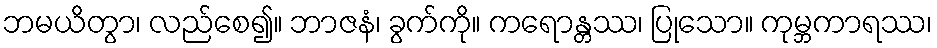
ဘမယိတွာ၊ လည်စေ၍။ ဘာဇနံ၊ ခွက်ကို။ ကရောန္တဿ၊ ပြုသော။ ကုမ္ဘကာရဿ၊